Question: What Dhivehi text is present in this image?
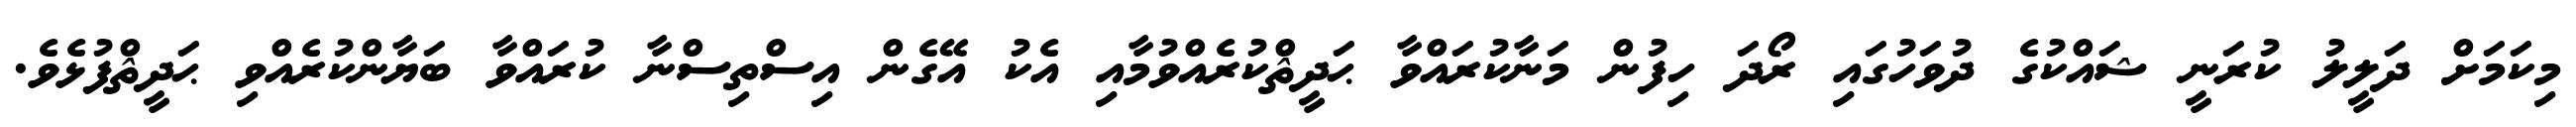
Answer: މިކަމަށް ދަލީލު ކުރަނީ ޝައްކުގެ ދުވަހުގައި ރޯދަ ހިފުން މަނާކުރައްވާ ޙަދީޘްކުރެއްވުމާއި އެކު އޭގެން އިސްތިސްނާ ކުރައްވާ ބަޔާންކުރެއްވި ޙަދީޘްފުޅެވެ.